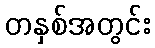
တနှစ်အတွင်း